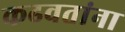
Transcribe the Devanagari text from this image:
कढवतांना